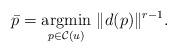
LaTeX: \begin{align*}\bar p=\underset{p \in \mathcal{C}(u)}{\mbox{argmin}} \ \Vert d(p) \Vert^{r-1}.\end{align*}